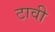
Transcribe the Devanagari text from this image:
टावी